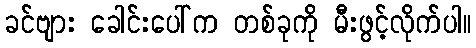
ခင်ဗျား ခေါင်းပေါ်က တစ်ခုကို မီးဖွင့်လိုက်ပါ။